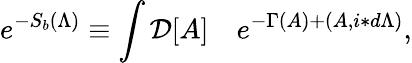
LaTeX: e^{-S_{b}(\Lambda)}\equiv\int{\cal D}[A]\quad e^{-\Gamma(A)+(A,i\ast d\Lambda)},